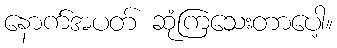
နောက်အပတ် ဆုံကြသေးတာပေါ့။